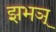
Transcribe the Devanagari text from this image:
झभञ्